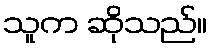
သူက ဆိုသည်။